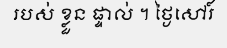
របស់ ខ្លួន ផ្ទាល់ ។ ថ្ងៃសៅរ៍